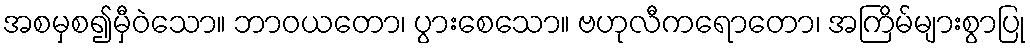
အစမှစ၍မှီဝဲသော။ ဘာဝယတော၊ ပွားစေသော။ ဗဟုလီကရောတော၊ အကြိမ်များစွာပြု